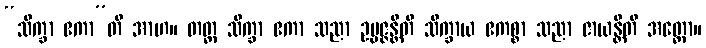
“သိက္ခာ ဧကာ”တိ အာဟ။ တတ္ထ သိက္ခာ ဧကာ သညာ ဥပ္ပဇ္ဇန္တီတိ သိက္ခာယ ဧကစ္စာ သညာ ဇာယန္တီတိ အတ္ထော။